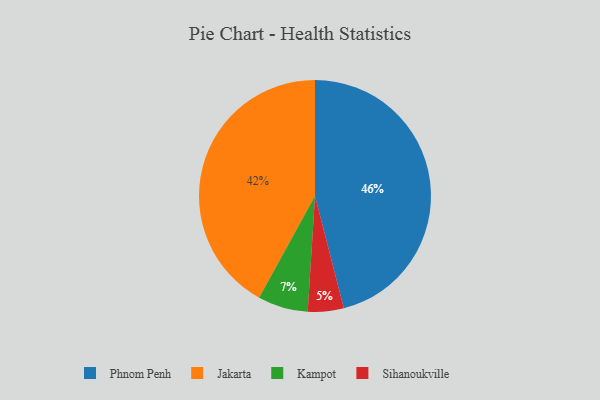
{"axis": {"x": "Category", "y": "Percentage"}, "legend": ["Jakarta", "Kampot", "Phnom Penh", "Sihanoukville"], "data": [{"x": "Jakarta", "y": 42, "type": "Jakarta"}, {"x": "Kampot", "y": 7, "type": "Kampot"}, {"x": "Phnom Penh", "y": 46, "type": "Phnom Penh"}, {"x": "Sihanoukville", "y": 5, "type": "Sihanoukville"}]}